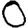
Digit: 0